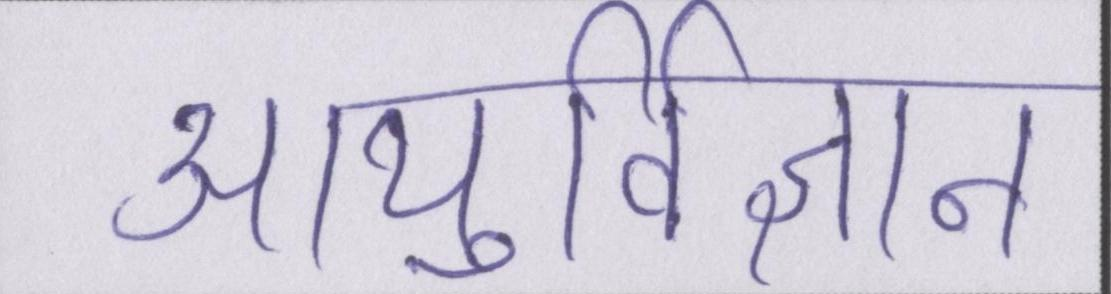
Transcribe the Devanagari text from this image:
आयुर्विज्ञान